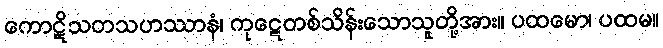
ကောဋိသတသဟဿာနံ၊ ကုဋေတစ်သိန်းသောသူတို့အား။ ပထမော၊ ပထမ။